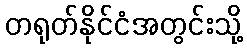
တရုတ်နိုင်ငံအတွင်းသို့